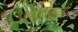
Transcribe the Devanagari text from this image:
अध्यापकांची